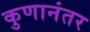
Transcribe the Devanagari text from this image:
कुणानंतर